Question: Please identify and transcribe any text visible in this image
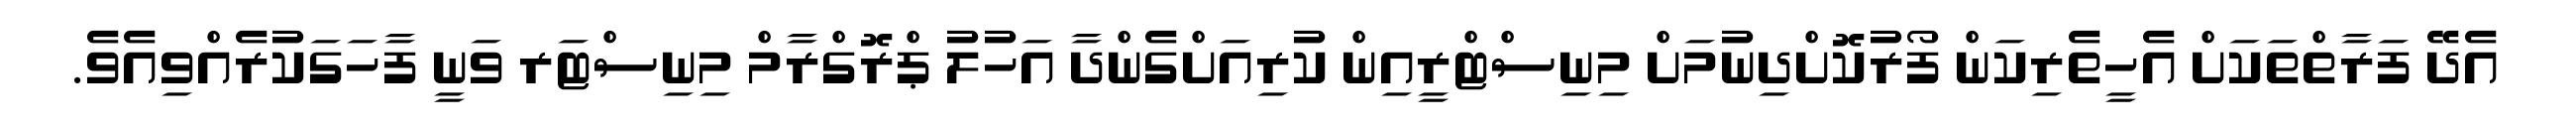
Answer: އެދޭ ފަރާތްތަކަށް އެހީތެރިކަން ފޯރުކޮށްދިނުމަށް މިނިސްޓްރީއިން ކުރިއަށްގެންދާ އަހުލު ޕްރޮގްރާމް މިނިސްޓަރ ވަނީ ފާހަގަކުރެއްވިއެވެ.